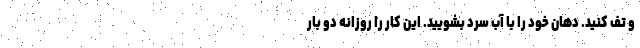
و تف کنید. دهان خود را با آب سرد بشویید. این کار را روزانه دو بار